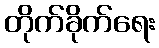
တိုက်ခိုက်ရေး